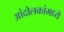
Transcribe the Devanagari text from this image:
आंदोलकांमध्ये